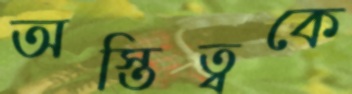
অস্তিত্বকে